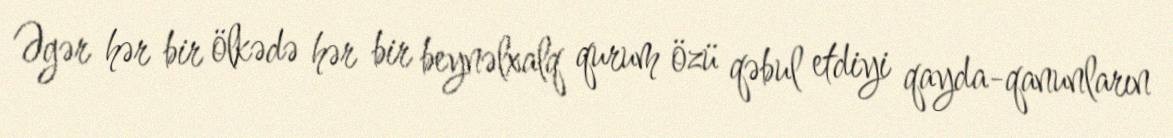
Əgər hər bir ölkədə hər bir beynəlxalq qurum özü qəbul etdiyi qayda-qanunların